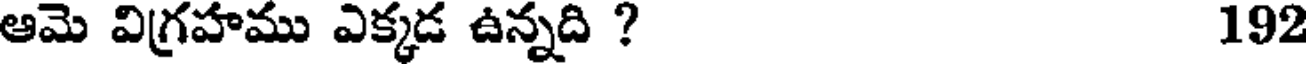
ఆమె విగ్రహము ఎక్కడ ఉన్నది ? 192